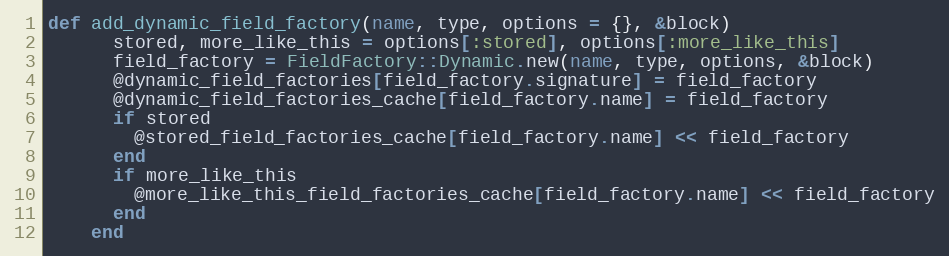
Language: Ruby
def add_dynamic_field_factory(name, type, options = {}, &block)
      stored, more_like_this = options[:stored], options[:more_like_this]
      field_factory = FieldFactory::Dynamic.new(name, type, options, &block)
      @dynamic_field_factories[field_factory.signature] = field_factory
      @dynamic_field_factories_cache[field_factory.name] = field_factory
      if stored
        @stored_field_factories_cache[field_factory.name] << field_factory
      end
      if more_like_this
        @more_like_this_field_factories_cache[field_factory.name] << field_factory
      end
    end